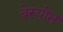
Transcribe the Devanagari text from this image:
बेरयोन